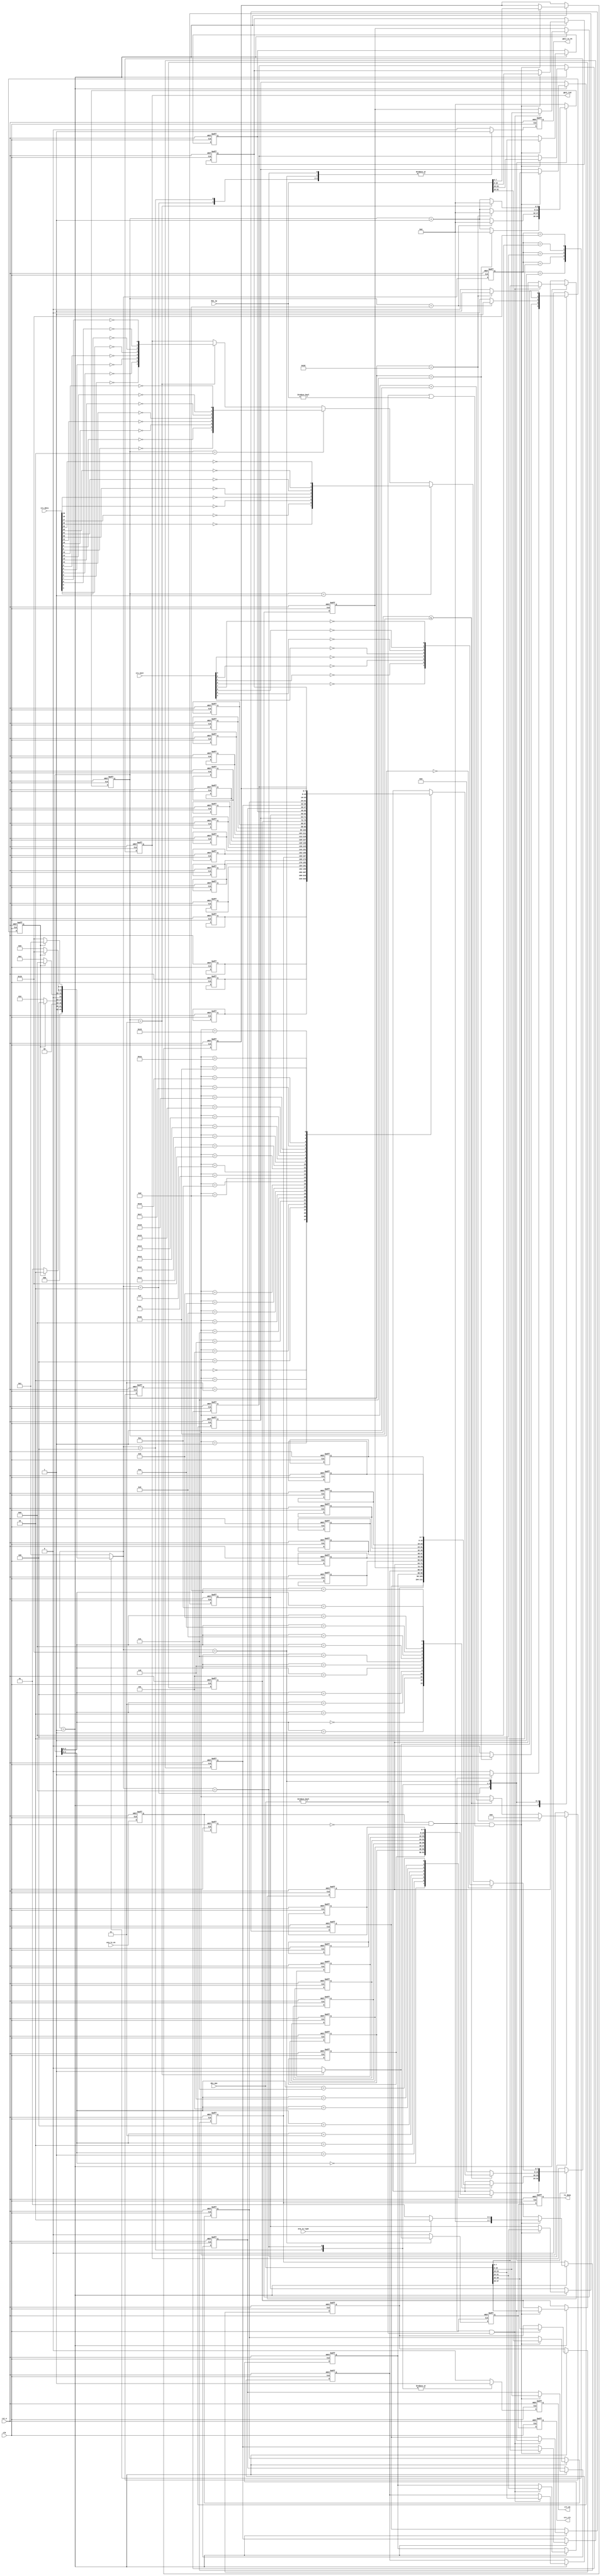
module arp_tx #(
    parameter BOARD_MAC     = 48'h00_11_22_33_44_55         , //MAC 00-11-22-33-44-55
    parameter BOARD_IP      = {8'd192, 8'd168, 8'd1, 8'd10} , //IP 192.168.1.10
    parameter DES_MAC       = 48'hff_ff_ff_ff_ff_ff         , //MAC ff_ff_ff_ff_ff_ff
    parameter DES_IP        = {8'd192, 8'd168, 8'd1, 8'd102}  //IP 192.168.1.102
)(
    input   wire            clk        , //
    input   wire            rst_n      , //
    
    input   wire            arp_tx_en  , //ARP
    input   wire            arp_tx_type, //ARP 0:  1:
    input   wire    [47:0]  des_mac    , //MAC
    input   wire    [31:0]  des_ip     , //IP
    input   wire    [31:0]  crc_data   , //CRC
    input   wire    [ 7:0]  crc_next   , //CRC
    output  reg             tx_done    , //
    output  reg             gmii_tx_en , //GMII
    output  reg     [ 7:0]  gmii_txd   , //GMII
    output  reg             crc_en     , //CRC
    output  reg             crc_clr      //CRC 
);
/*************************parameter**************************/
localparam CODE_PREAMBLE = 8'h55    ; // 78'h55
localparam CODE_SFD      = 8'hd5    ; // 
localparam ETH_TYPE      = 16'h0806 ; // ARP
localparam HD_TYPE       = 16'h0001 ; // 
localparam PROTOCOL_TYPE = 16'h0800 ; // IP
localparam MIN_DATA_NUM  = 16'd46   ; // 46,

/****************************reg*****************************/
reg             r0_arp_tx_en    ;
reg             r1_arp_tx_en    ;

reg             skip_en         ; // 
reg     [ 5:0]  cnt             ; // 
reg     [ 4:0]  data_cnt        ; // 
reg             r_tx_done       ;

reg     [ 7:0]  preamble[7:0]   ; // +SFD
reg     [ 7:0]  eth_head[13:0]  ; // 
reg     [ 7:0]  arp_data[27:0]  ; // ARP 

/****************************wire****************************/
wire            arp_tx_en_posedge;

/********************combinational logic*********************/
assign arp_tx_en_posedge = r0_arp_tx_en && (!r1_arp_tx_en);

/****************************FSM*****************************/
reg     [4:0]   fsm_c;
reg     [4:0]   fsm_n;

localparam ST_IDLE     = 5'b00001; // 
localparam ST_PREAMBLE = 5'b00010; // +
localparam ST_ETH_HEAD = 5'b00100; // 
localparam ST_ARP_DATA = 5'b01000; //  ARP 
localparam ST_CRC      = 5'b10000; //  CRC 

always@(posedge clk or negedge rst_n)
begin
    if(!rst_n)
        fsm_c <= ST_IDLE;
    else
        fsm_c <= fsm_n;
end

always@(*)
begin
    case(fsm_c)
        ST_IDLE:                        // 
            if(skip_en)
                fsm_n = ST_PREAMBLE;
            else
                fsm_n = ST_IDLE;
        ST_PREAMBLE:                    // +
            if(skip_en)
                fsm_n = ST_ETH_HEAD;
            else
                fsm_n = ST_PREAMBLE;
        ST_ETH_HEAD:                    // 
            if(skip_en)
                fsm_n = ST_ARP_DATA;
            else
                fsm_n = ST_ETH_HEAD;
        ST_ARP_DATA:                    //  ARP 
            if(skip_en)
                fsm_n = ST_CRC;
            else
                fsm_n = ST_ARP_DATA;
        ST_CRC:                         //  CRC 
            if(skip_en)
                fsm_n = ST_IDLE;
            else
                fsm_n = ST_CRC;
        default:
                fsm_n = ST_IDLE;
    endcase
end

/**************************process***************************/
always@(posedge clk or negedge rst_n)
begin
    if(!rst_n)
        begin
            r0_arp_tx_en <= 1'b0;
            r1_arp_tx_en <= 1'b0;
        end
    else
        begin
            r0_arp_tx_en <= arp_tx_en;
            r1_arp_tx_en <= r0_arp_tx_en;
        end
end

always@(posedge clk or negedge rst_n)
begin
    if(!rst_n)
        skip_en <= 1'b0;
    else case(fsm_n)
        ST_IDLE:
            if(arp_tx_en_posedge)
                skip_en <= 1'b1;
            else
                skip_en <= 1'b0;
        ST_PREAMBLE:
            if(cnt == 6'd7)
                skip_en <= 1'b1;
            else
                skip_en <= 1'b0;
        ST_ETH_HEAD:
            if(cnt == 6'd13)
                skip_en <= 1'b1;
            else
                skip_en <= 1'b0;
        ST_ARP_DATA:
            if(cnt == MIN_DATA_NUM - 1)
                skip_en <= 1'b1;
            else
                skip_en <= 1'b0;
        ST_CRC:
            if(cnt == 6'd3)
                skip_en <= 1'b1;
            else
                skip_en <= 1'b0;
        default:
                skip_en <= 1'b0;
    endcase
end

always@(posedge clk or negedge rst_n)
begin
    if(!rst_n)
        cnt <= 6'd0;
    else case(fsm_n)
        ST_PREAMBLE:
            if(cnt == 6'd7)
                cnt <= 6'd0;
            else
                cnt <= cnt + 1'b1;
        ST_ETH_HEAD:
            if(cnt == 6'd13)
                cnt <= 6'd0;
            else
                cnt <= cnt + 1'b1;
        ST_ARP_DATA:
            if(cnt == MIN_DATA_NUM - 1)
                cnt <= 6'd0;
            else
                cnt <= cnt + 1'b1;
        ST_CRC:
            if(cnt == 6'd3)
                cnt <= 6'd0;
            else
                cnt <= cnt + 1'b1;
        default:
                cnt <= 6'd0;
    endcase
end

always@(posedge clk or negedge rst_n)
begin
    if(!rst_n)
        data_cnt <= 5'd0;
    else if(fsm_n == ST_ARP_DATA)
        if(cnt == MIN_DATA_NUM - 1)
            data_cnt <= 5'd0;
        else if(data_cnt <= 5'd27)
            data_cnt <= data_cnt + 1'b1;
        else
            data_cnt <= data_cnt;
    else
        data_cnt <= data_cnt;
end

always@(posedge clk or negedge rst_n)
begin
    if(!rst_n)
        crc_en <= 1'b0;
    else case(fsm_n)
        ST_ETH_HEAD:
            crc_en <= 1'b1;
        ST_ARP_DATA:
            crc_en <= 1'b1;
        default:
            crc_en <= 1'b0;
    endcase
end

always@(posedge clk or negedge rst_n)
begin
    if(!rst_n)
        gmii_tx_en <= 1'b0;
    else case(fsm_n)
        ST_PREAMBLE:
            gmii_tx_en <= 1'b1;
        ST_ETH_HEAD:
            gmii_tx_en <= 1'b1;
        ST_ARP_DATA:
            gmii_tx_en <= 1'b1;
        ST_CRC:
            gmii_tx_en <= 1'b1;
        default:
            gmii_tx_en <= 1'b0;
    endcase
end

always@(posedge clk or negedge rst_n)
begin
    if(!rst_n)
        gmii_txd <= 8'd0;
    else case(fsm_n)
        ST_PREAMBLE:
            gmii_txd <= preamble[cnt];
        ST_ETH_HEAD:
            gmii_txd <= eth_head[cnt];
        ST_ARP_DATA:
            if(data_cnt <= 6'd27)
                gmii_txd <= arp_data[data_cnt];
            else
                gmii_txd <= 8'd0;
        ST_CRC:
            if(cnt == 6'd0)
                gmii_txd <= {!crc_next[0], !crc_next[1], !crc_next[2], !crc_next[3], 
                             !crc_next[4], !crc_next[5], !crc_next[6], !crc_next[7]};
            else if(cnt == 6'd1)
                gmii_txd <= {!crc_data[16], !crc_data[17], !crc_data[18], !crc_data[19], 
                             !crc_data[20], !crc_data[21], !crc_data[22], !crc_data[23]};
            else if(cnt == 6'd2)
                gmii_txd <= {!crc_data[ 8], !crc_data[ 9], !crc_data[10], !crc_data[11], 
                             !crc_data[12], !crc_data[13], !crc_data[14], !crc_data[15]};
            else if(cnt == 6'd3)
                gmii_txd <= {!crc_data[0], !crc_data[1], !crc_data[2], !crc_data[3], 
                             !crc_data[4], !crc_data[5], !crc_data[6], !crc_data[7]};
            else
                gmii_txd <= gmii_txd;
        default:
                gmii_txd <= gmii_txd;
    endcase
end

always@(posedge clk or negedge rst_n)
begin
    if(!rst_n)
        r_tx_done <= 1'b0;
    else if(fsm_n == ST_CRC)
        if(cnt == 6'd3)
            r_tx_done <= 1'b1;
        else
            r_tx_done <= 1'b0;
    else
        r_tx_done <= 1'b0;
end

//  crc 
always@(posedge clk or negedge rst_n)
begin
    if(!rst_n)
        begin
            tx_done <= 1'b0;
            crc_clr <= 1'b0;
        end
    else
        begin
            tx_done <= r_tx_done;
            crc_clr <= r_tx_done;
        end
end

always@(posedge clk or negedge rst_n)
begin
    if(!rst_n)
        begin
            preamble[0] <= CODE_PREAMBLE;           // 
            preamble[1] <= CODE_PREAMBLE;
            preamble[2] <= CODE_PREAMBLE;
            preamble[3] <= CODE_PREAMBLE;
            preamble[4] <= CODE_PREAMBLE;
            preamble[5] <= CODE_PREAMBLE;
            preamble[6] <= CODE_PREAMBLE;
            preamble[7] <= CODE_SFD;                // 
        end
end

always@(posedge clk or negedge rst_n)
begin
    if(!rst_n)
        begin
            eth_head[ 0] <= DES_MAC[47:40];         //  eth_head
            eth_head[ 1] <= DES_MAC[39:32];
            eth_head[ 2] <= DES_MAC[31:24];
            eth_head[ 3] <= DES_MAC[23:16];
            eth_head[ 4] <= DES_MAC[15: 8];
            eth_head[ 5] <= DES_MAC[ 7: 0];
            eth_head[ 6] <= BOARD_MAC[47:40];       //  eth_head
            eth_head[ 7] <= BOARD_MAC[39:32];
            eth_head[ 8] <= BOARD_MAC[31:24];
            eth_head[ 9] <= BOARD_MAC[23:16];
            eth_head[10] <= BOARD_MAC[15: 8];
            eth_head[11] <= BOARD_MAC[ 7: 0];
            eth_head[12] <= ETH_TYPE[15: 8];        // eth_head
            eth_head[13] <= ETH_TYPE[ 7: 0];
        end
    else if(fsm_n == ST_IDLE)
        if(arp_tx_en_posedge && (des_mac != 48'd0)) //  MAC 
            begin
                eth_head[ 0] <= des_mac[47:40];         //  MAC 
                eth_head[ 1] <= des_mac[39:32];
                eth_head[ 2] <= des_mac[31:24];
                eth_head[ 3] <= des_mac[23:16];
                eth_head[ 4] <= des_mac[15: 8];
                eth_head[ 5] <= des_mac[ 7: 0];
            end
end


always@(posedge clk or negedge rst_n)
begin
    if(!rst_n)
        begin
            arp_data[ 0] <= HD_TYPE[15: 8];         // 
            arp_data[ 1] <= HD_TYPE[ 7: 0];
            arp_data[ 2] <= PROTOCOL_TYPE[15: 8];   // 
            arp_data[ 3] <= PROTOCOL_TYPE[ 7: 0];
            arp_data[ 4] <= 8'h06;                  // 6
            arp_data[ 5] <= 8'h04;                  // 4
            arp_data[ 6] <= 8'h00;                  // (OP) 16'h0001ARP  16'h0002ARP
            arp_data[ 7] <= 8'h01;                  // 
            arp_data[ 8] <= BOARD_MAC[47:40];       //  MAC 
            arp_data[ 9] <= BOARD_MAC[39:32];
            arp_data[10] <= BOARD_MAC[31:24];
            arp_data[11] <= BOARD_MAC[23:16];
            arp_data[12] <= BOARD_MAC[15: 8];
            arp_data[13] <= BOARD_MAC[ 7: 0];
            arp_data[14] <= BOARD_IP[31:24];        //  IP 
            arp_data[15] <= BOARD_IP[23:16];
            arp_data[16] <= BOARD_IP[15: 8];
            arp_data[17] <= BOARD_IP[ 7: 0];
            arp_data[18] <= DES_MAC[47:40];         //  MAC 
            arp_data[19] <= DES_MAC[39:32];
            arp_data[20] <= DES_MAC[31:24];
            arp_data[21] <= DES_MAC[23:16];
            arp_data[22] <= DES_MAC[15: 8];
            arp_data[23] <= DES_MAC[ 7: 0];
            arp_data[24] <= DES_IP[31:24];          //  IP 
            arp_data[25] <= DES_IP[23:16];
            arp_data[26] <= DES_IP[15: 8];
            arp_data[27] <= DES_IP[ 7: 0];
        end
    else if(fsm_n == ST_IDLE)
        if(arp_tx_en_posedge && ((des_mac != 48'd0) || (des_ip != 32'd0))) //  MAC  IP 
            begin
                begin
                    arp_data[18] <= des_mac[47:40];         //  MAC 
                    arp_data[19] <= des_mac[39:32];
                    arp_data[20] <= des_mac[31:24];
                    arp_data[21] <= des_mac[23:16];
                    arp_data[22] <= des_mac[15: 8];
                    arp_data[23] <= des_mac[ 7: 0];
                    arp_data[24] <= des_ip[31:24];          //  IP 
                    arp_data[25] <= des_ip[23:16];
                    arp_data[26] <= des_ip[15: 8];
                    arp_data[27] <= des_ip[ 7: 0];
                end if(arp_tx_type == 1'b0)
                    arp_data[ 7] <= 8'h01;                  // ARP 
                else
                    arp_data[ 7] <= 8'h02;                  // ARP 
            end
end

endmodule